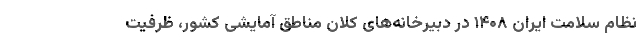
نظام سلامت ایران ۱۴۰۸ در دبیرخانه‌های کلان مناطق آمایشی کشور، ظرفیت